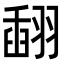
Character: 𦑪